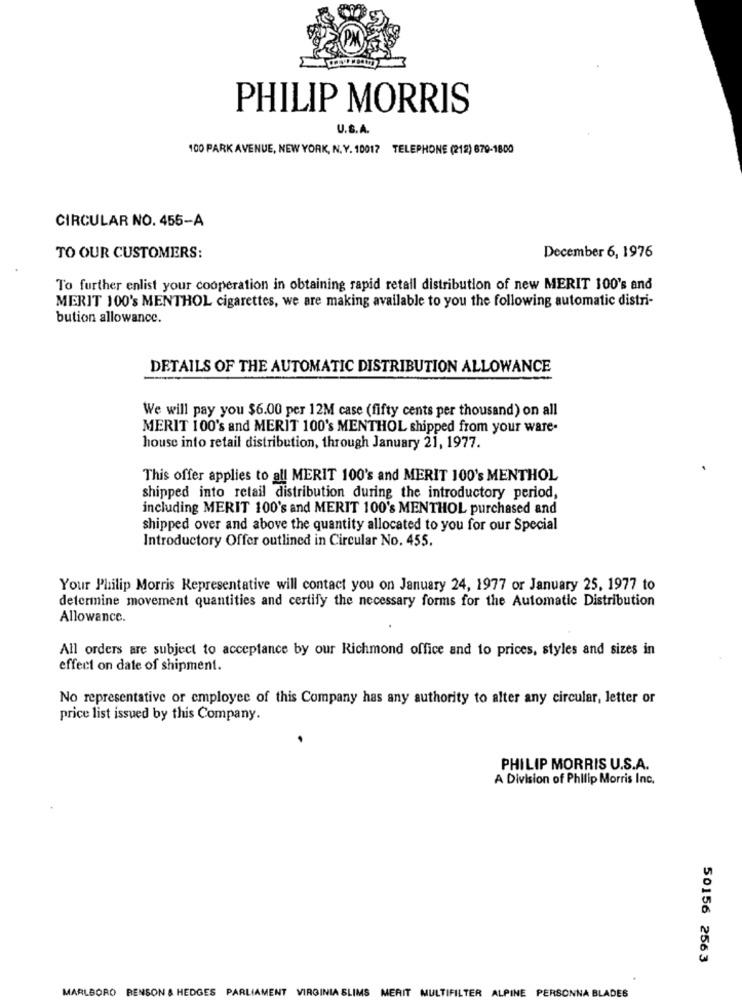
PHILIP MORRIS
U.S.A.
100 PARK AVENUE, NEW YORK, N. Y. 10017 TELEPHONE (212) 679-1800
CIRCULAR NO. 455-A
TO OUR CUSTOMERS:
December 6, 1976
To further enlist your cooperation in obtaining rapid retall distribution of new MERIT 100's and
MERIT 100's MENTHOL cigarettes, we are making available to you the following automatic distri-
bution allowance.
DETAILS OF THE AUTOMATIC DISTRIBUTION ALLOWANCE
We will pay you $6.00 per 12M case (fifty cents per thousand) on all
MERIT 100's and MERIT 100's MENTHOL shipped from your ware-
house into retail distribution, through January 21, 1977.
This offer applies to all MERIT 100's and MERIT 100's MENTHOL
shipped into retail distribution during the introductory period,
including MERIT 100's and MERIT 100's MENTHOL purchased and
shipped over and above the quantity allocated to you for our Special
Introductory Offer outlined in Circular No. 455.
Your Philip Morris Representative will contact you on January 24, 1977 or January 25, 1977 to
determine movement quantities and certify the necessary forms for the Automatic Distribution
Allowance.
All orders are subject to acceptance by our Richmond office and to prices, styles and sizes in
effect on date of shipment.
No representative or employee of this Company has any authority to alter any circular, letter or
price list issued by this Company.
PHILIP MORRIS U.S.A.
A Division of Philip Morris Inc.
50156 2563
MARLBORO BENSON & HEDGES PARLIAMENT VIRGINIA SLIMS
MERIT MULTIFILTER ALPINE PERSONNA BLADES